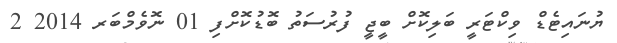
ޔުނައިޓެޑް ވިކްޓަރީ ބަލިކޮށް ބީޖީ ފުރުސަތު ބޮޑުކޮށްފި 01 ނޮވެމްބަރ 2014 2